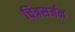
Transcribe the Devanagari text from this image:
चित्रसर्जन